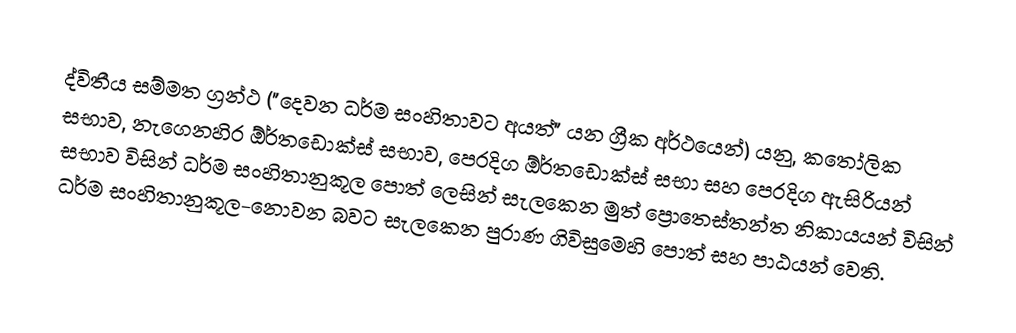
ද්විතීය සම්මත ග්‍රන්ථ ("දෙවන  ධර්ම සංහිතාවට අයත්" යන ග්‍රීක අර්ථයෙන්) යනු, කතෝලික සභාව, නැගෙනහිර ඕර්තඩොක්ස් සභාව, ‌පෙරදිග ඕර්තඩොක්ස් සභා සහ පෙරදිග ඇසිරියන් සභාව විසින් ධර්ම සංහිතානුකූල පොත් ලෙසින් සැලකෙන මුත්  ප්‍රොතෙස්තන්ත නිකායයන් විසින් ධර්ම සංහිතානුකූල-නොවන බවට සැලකෙන පුරාණ ගිවිසුමෙහි පොත් සහ පාඨයන් වෙති.